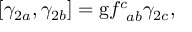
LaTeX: \left[ \gamma _ { 2 a } , \gamma _ { 2 b } \right] = \mathrm { g } f _ { \; \; a b } ^ { c } \gamma _ { 2 c } ,